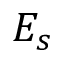
E _ { s }